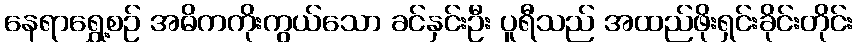
နေရာရွှေ့စဉ် အဓိကကိုးကွယ်သော ခင်နှင်းဦး ပူရီသည် အထည်ဖိုးရှင်းခိုင်းတိုင်း